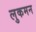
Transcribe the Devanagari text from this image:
लुकमन